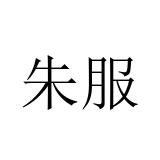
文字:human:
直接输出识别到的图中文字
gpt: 朱服